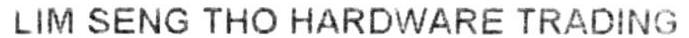
LIM SENG THO HARDWARE TRADING